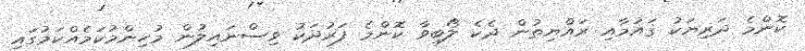
ކޮންމެ ދަރިޔަކު ޤައުމާއި ރައްޔިތުން ދެކެ ލޯބިވާ ކޮންމެ ފަރުދަކު ވިސްނައިލުން މުހިންމުކަމެއްކަމުގައި